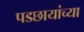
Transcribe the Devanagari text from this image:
पडछायांच्या